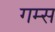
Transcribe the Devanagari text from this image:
गम्स